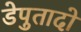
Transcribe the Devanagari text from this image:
डेपुतादो